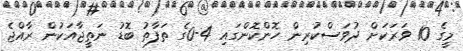
މީގެ 10 ވަރަކަށް ދުވަސްކުރިން ހޮންކޮންގައި 4-0ގެ ތަފާތު ބޮޑު ނަތީޖާއަކުން ރާއްޖެ